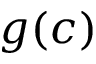
g ( c )